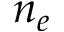
n _ { e }